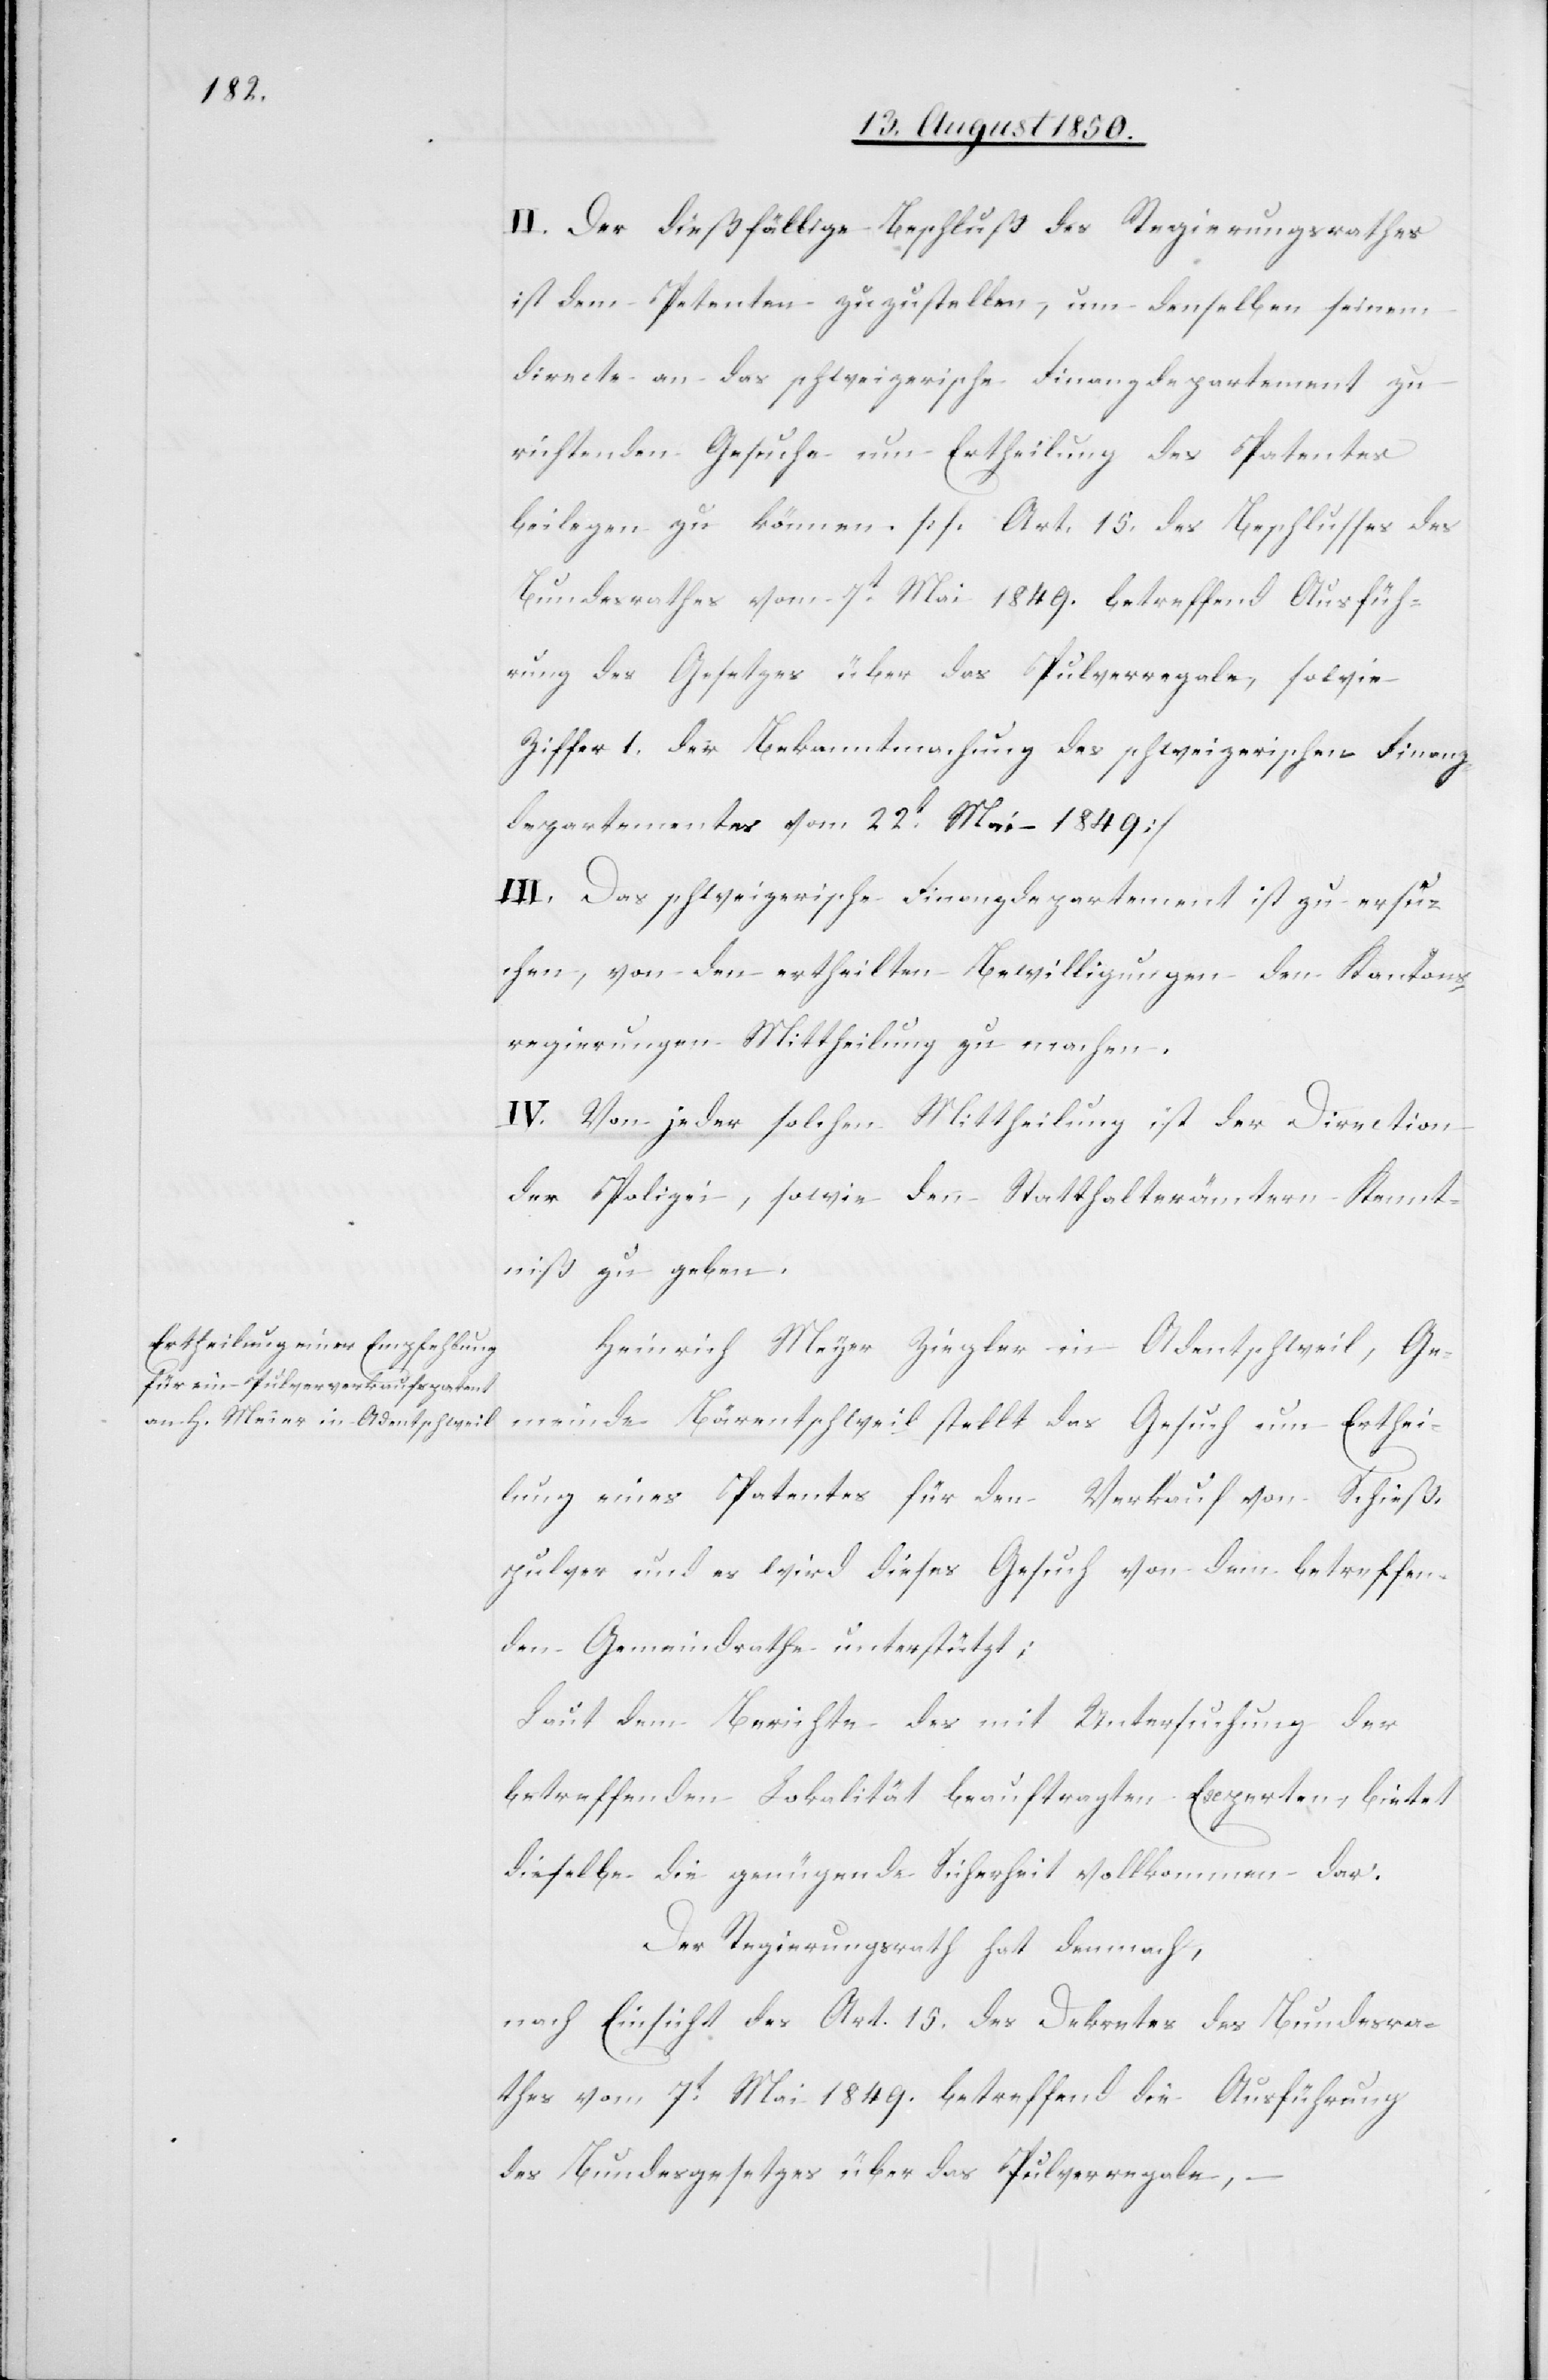
II. Der dießfällige Beschluß des Regierungsrathes
ist dem Petenten zuzustellen, um denselben seinem
directe an das schweizerische Finanzdepartement zu
richtenden Gesuche um Ertheilung des Patentes
beilegen zu können. [s. Art. 15. des Beschlusses des
Bundesrathes vom 7t Mai 1849. betreffend Ausfüh¬
rung des Gesetzes über das Pulverregale, sowie
Ziffer 1. der Bekanntmachung des schweizerischen Finanz¬
departementes vom 22t Mai 1849]
III. Das schweizerische Finanzdepartement ist zu ersu¬
chen, von den ertheilten Bewilligungen den Kantons¬
regierungen Mittheilung zu machen.
IV. Von jeder solchen Mittheilung ist der Direction
der Polizei, sowie den Statthalterämtern Kennt¬
niß zu geben.
Heinrich Meyer Ziegler in Adentschweil, Ge¬
meinde Bärentschweil stellt das Gesuch um Erthei¬
lung eines Patentes für den Verkauf von Schieß¬
pulver und es wird dieses Gesuch von dem betreffen¬
den Gemeindrathe unterstützt;
Laut dem Berichte des mit Untersuchung der
betreffenden Lokalität beauftragten Experten bietet
dieselbe die genügende Sicherheit vollkommen dar.
Der Regierungsrath hat demnach,
nach Einsicht des Art. 15. des Dekretes des Bundesra¬
thes vom 7t Mai 1849. betreffend die Ausführung
des Bundesgesetzes über das Pulverregale,